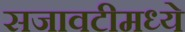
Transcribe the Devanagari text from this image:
सजावटीमध्ये